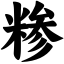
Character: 糁